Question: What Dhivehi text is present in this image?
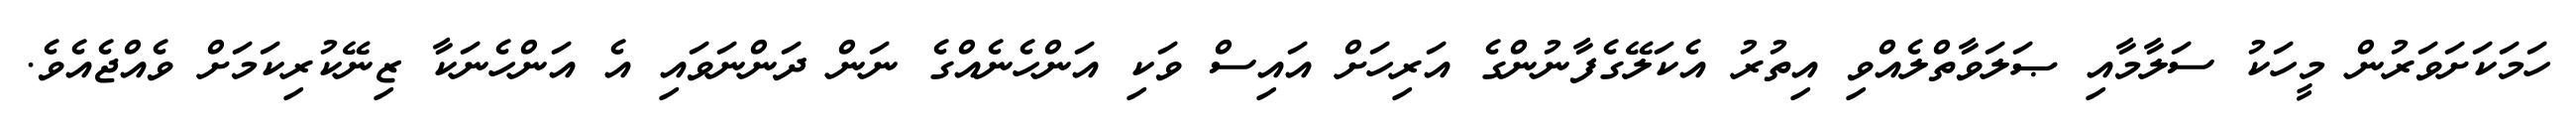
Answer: ހަމަކަށަވަރުން މީހަކު ސަލާމާއި ޞަލަވާތްލެއްވި އިތުރު އެކަލޭގެފާނުންގެ އަރިހަށް އައިސް ވަކި އަންހެނެއްގެ ނަން ދަންނަވައި އެ އަންހެނަކާ ޒިނޭކުރިކަމަށް ވެއްޖެއެވެ.